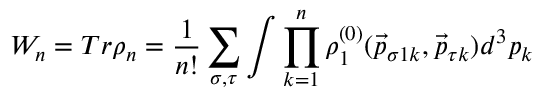
W _ { n } = T r \rho _ { n } = \frac { 1 } { n ! } \sum _ { \sigma , \tau } \int \prod _ { k = 1 } ^ { n } \rho _ { 1 } ^ { ( 0 ) } ( \vec { p } _ { { \sigma 1 } k } , \vec { p } _ { \tau k } ) d ^ { 3 } p _ { k }